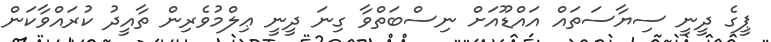
ޕީގެ ދީނީ ސިޔާސަތައް އައްޑޫއަށް ނިސްބަތްވާ ގިނަ ދީނީ ޢިލްމުވެރިން ތާއީދު ކުރައްވާކަން